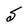
Character: S